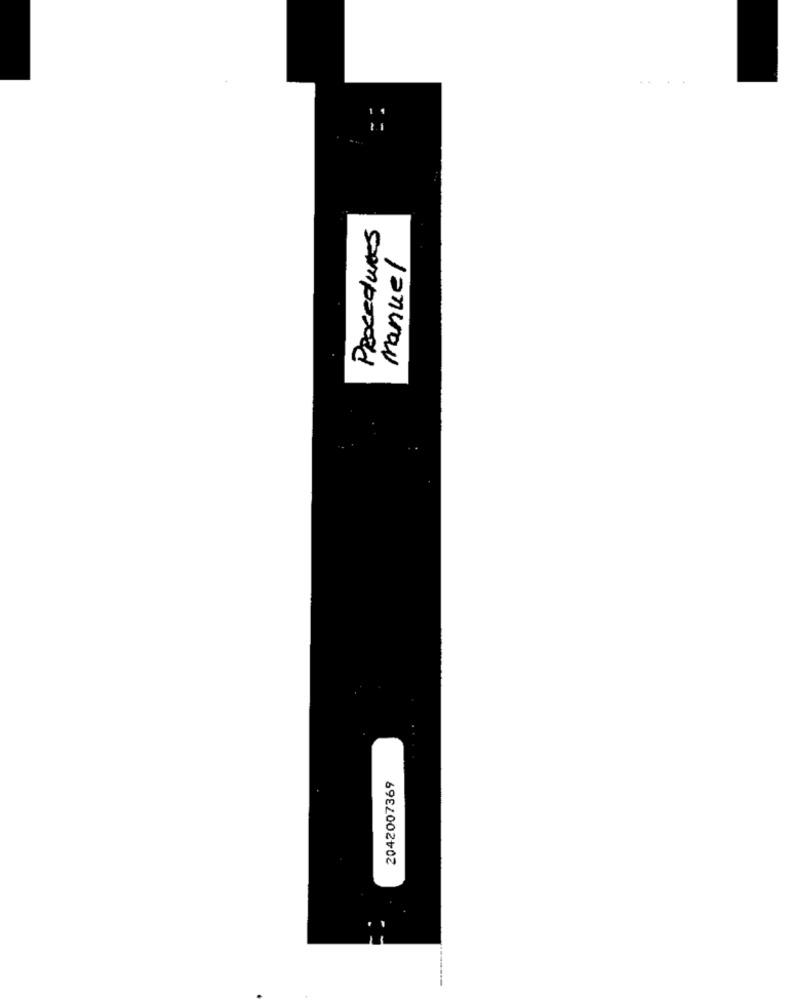
Procedures
manuel
2042007369